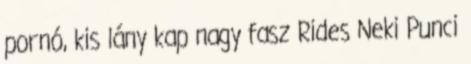
pornó, kis lány kap nagy fasz Rides Neki Punci